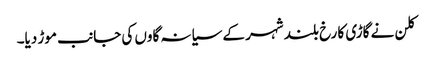
کلن نے گاڑی کا رخ بلند شہر کے سیانہ گاوں کی جانب موڑ دیا۔